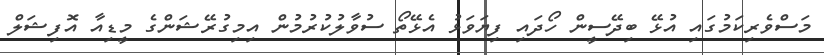
މަސްވެރިކަމުގައި އުޅޭ ބިދޭސީން ހޯދައި ފިޔަވަޅު އެޅޭތޯ ސުވާލުކުރުމުން އިމިގުރޭޝަންގެ މީޑިއާ އޮފިޝަލް